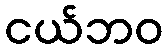
ငယ်ဘဝ